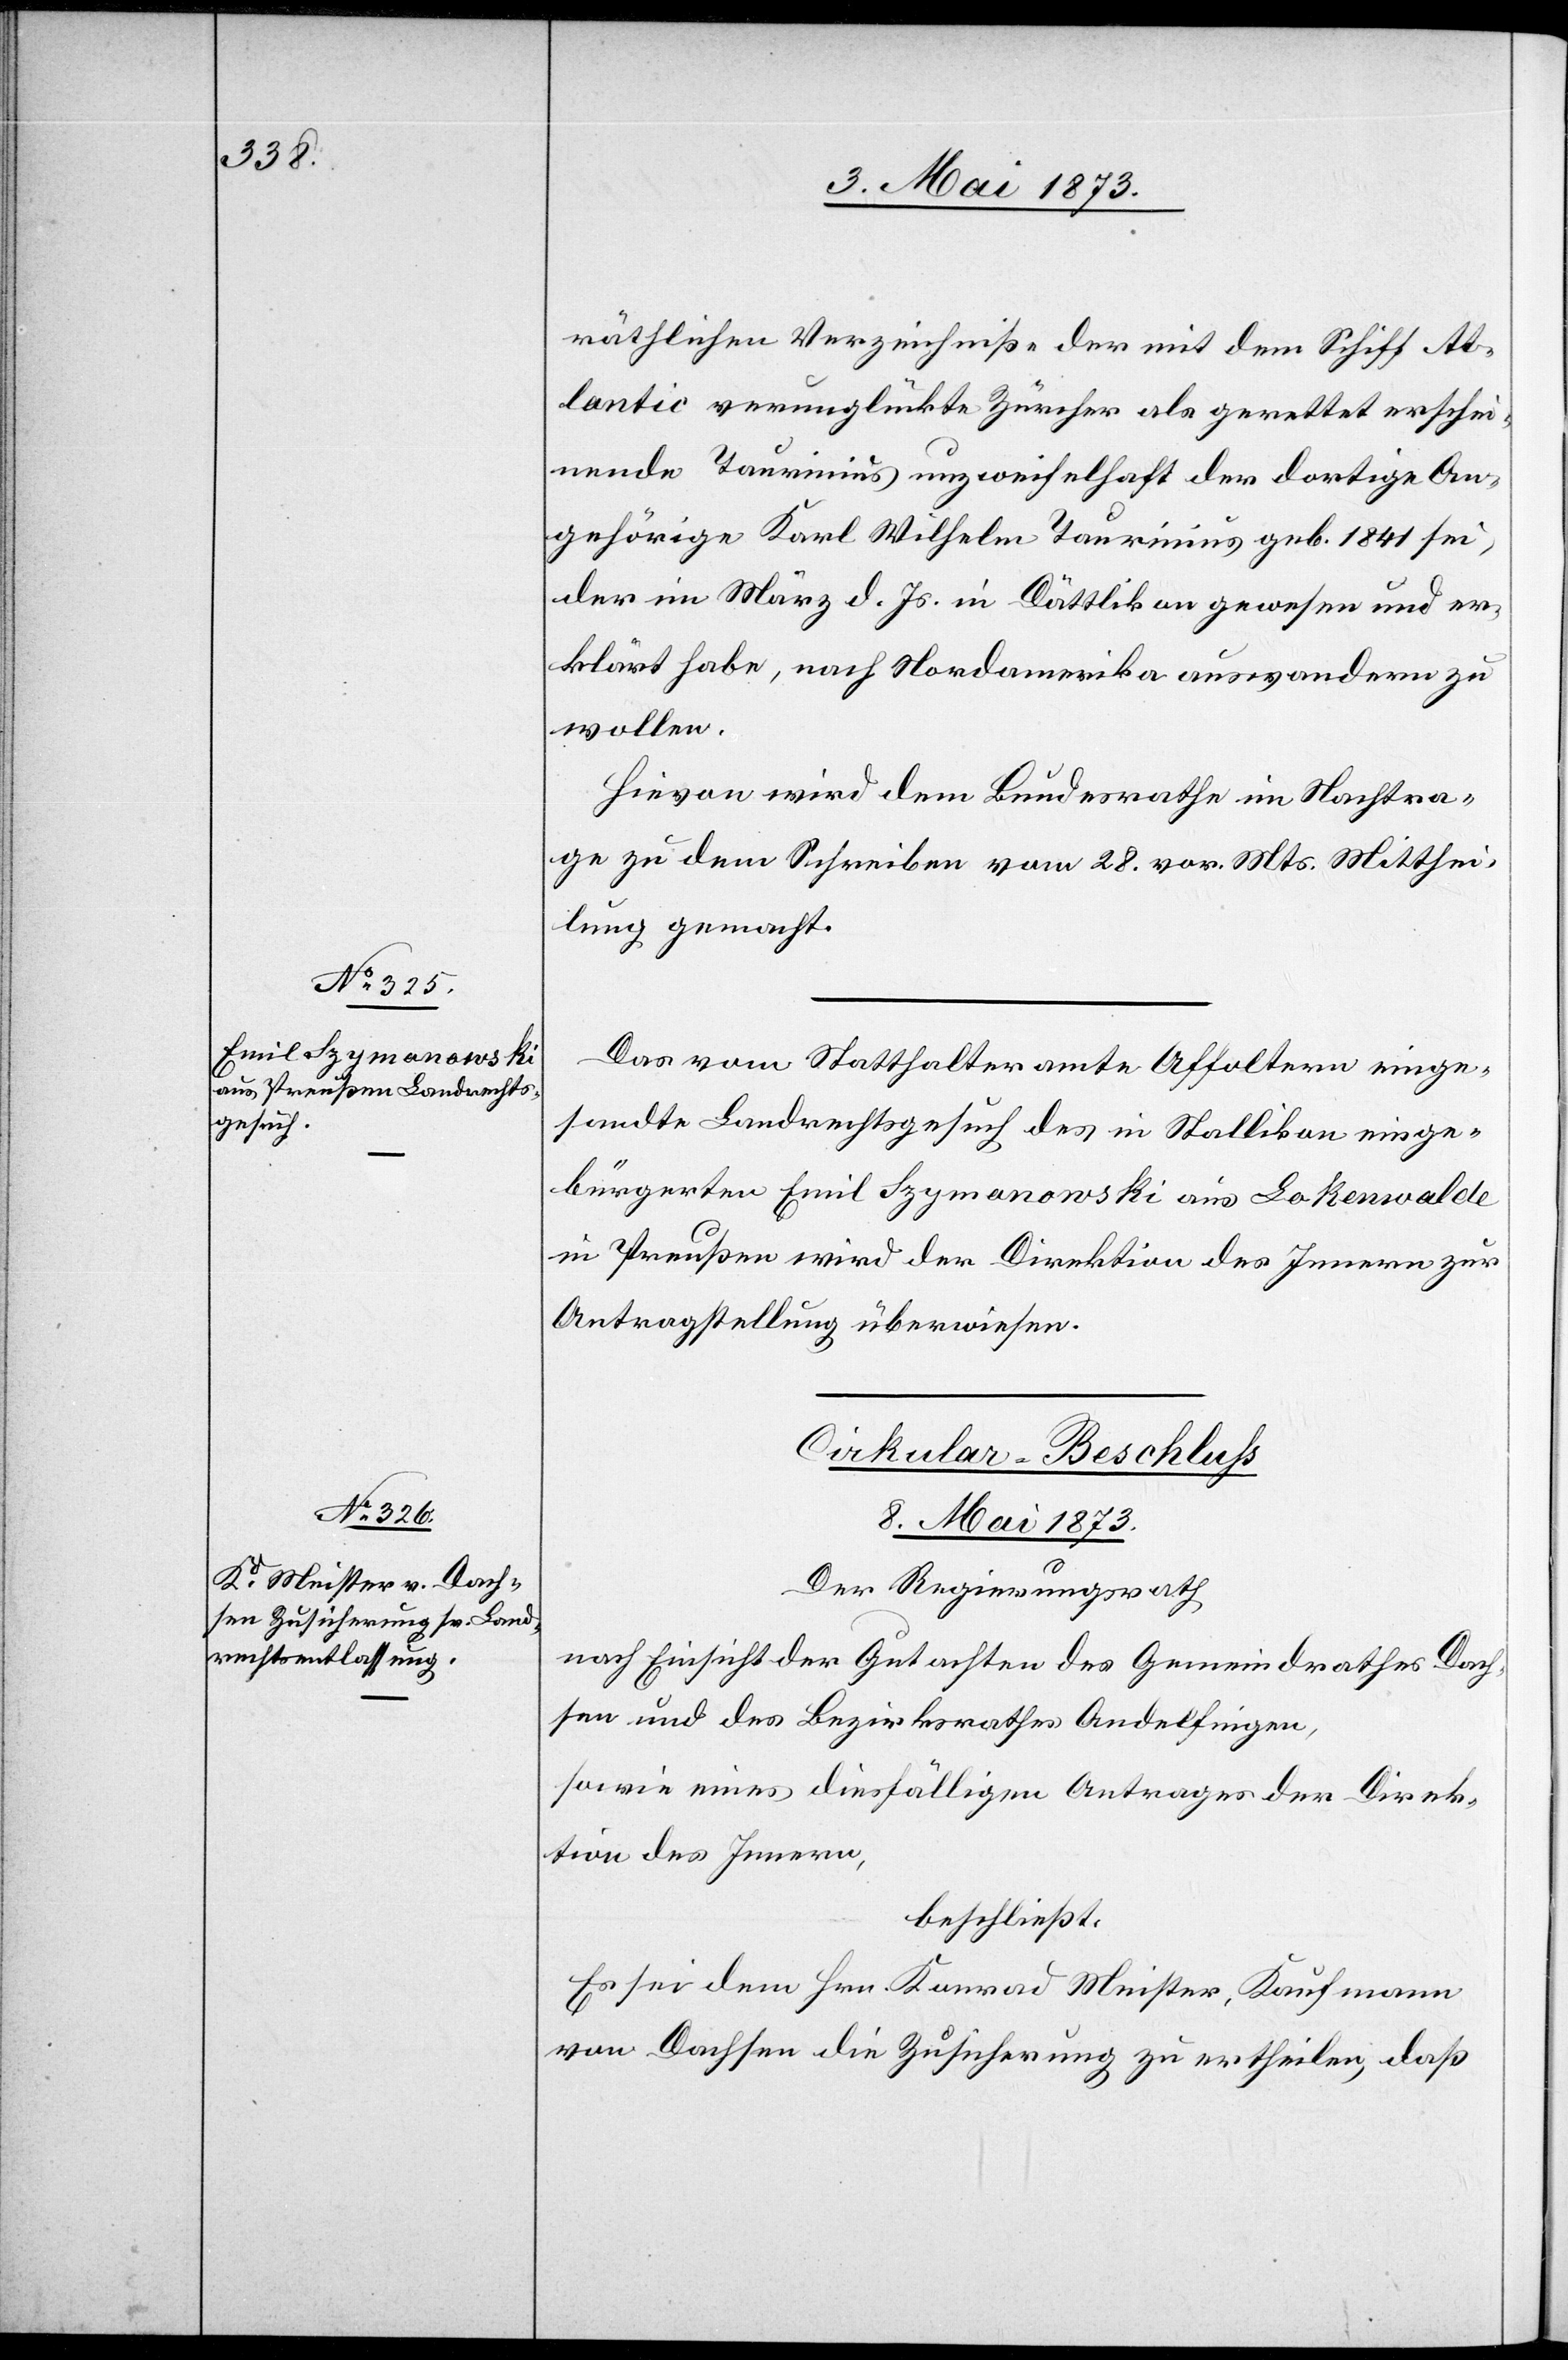
räthlichen Verzeichniße der mit dem Schiff At¬
lantic verunglückten Zürcher als gerettet erschei¬
nende Taurinius unzweifelhaft der dortige An¬
gehörige Karl Wilhelm Taurinius geb. 1841 sei,
der im März d. Js. in Dättlikon gewesen und er¬
klärt habe, nach Nordamerika auswandern zu
wollen.
Hievon wird dem Bundesrathe im Nachtra¬
ge zu dem Schreiben vom 28. vor. Mts. Mitthei¬
lung gemacht.
Das vom Statthalteramte Affoltern einge¬
sandte Landrechtsgesuch des in Stallikon einge¬
bürgerten Emil Szymanowski aus Lakenwalde
in Preußen wird der Direktion des Innern zur
Antragstellung überwiesen.
Cirkular-Beschluss
8. Mai 1873.
Der Regierungsrath
nach Einsicht der Gutachten des Gemeindrathes Dach¬
sen und des Bezirksrathes Andelfingen,
sowie eines diesfälligen Antrages der Direk¬
tion des Innern,
beschließt:
Es sei dem Hrn. Konrad Meister, Kaufmann
von Dachsen die Zusicherung zu ertheilen, daß